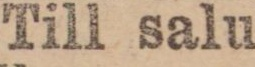
Till salu.